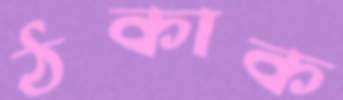
ঠকাক